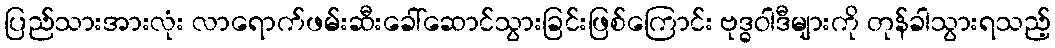
ပြည်သားအားလုံး လာရောက်ဖမ်းဆီးခေါ်ဆောင်သွားခြင်းဖြစ်ကြောင်း ဗုဒ္ဓဝါဒီများကို တုန်ခါသွားရသည့်